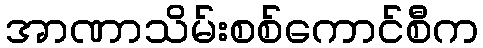
အာဏာသိမ်းစစ်ကောင်စီက